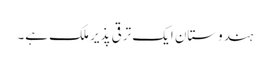
ہندوستان ایک ترقی پذیر ملک ہے۔